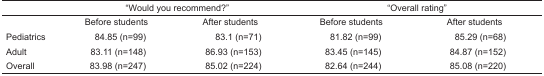
|  | <COLSPAN=2> “Would you recommend?” | <COLSPAN=2> “Overall rating” |
 | --- | --- | --- | --- | --- |
 |  | Before students | After students | Before students | After students |
 | Pediatrics | 84.85 (n=99) | 83.1 (n=71) | 81.82 (n=99) | 85.29 (n=68) |
 | Adult | 83.11 (n=148) | 86.93 (n=153) | 83.45 (n=145) | 84.87 (n=152) |
 | Overall | 83.98 (n=247) | 85.02 (n=224) | 82.64 (n=244) | 85.08 (n=220) |